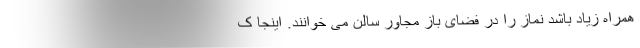
همراه زیاد باشد نماز را در فضای باز مجاور سالن می خوانند. اینجا ک